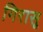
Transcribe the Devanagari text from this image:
गिरासू